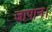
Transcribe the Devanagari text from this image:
जापान।